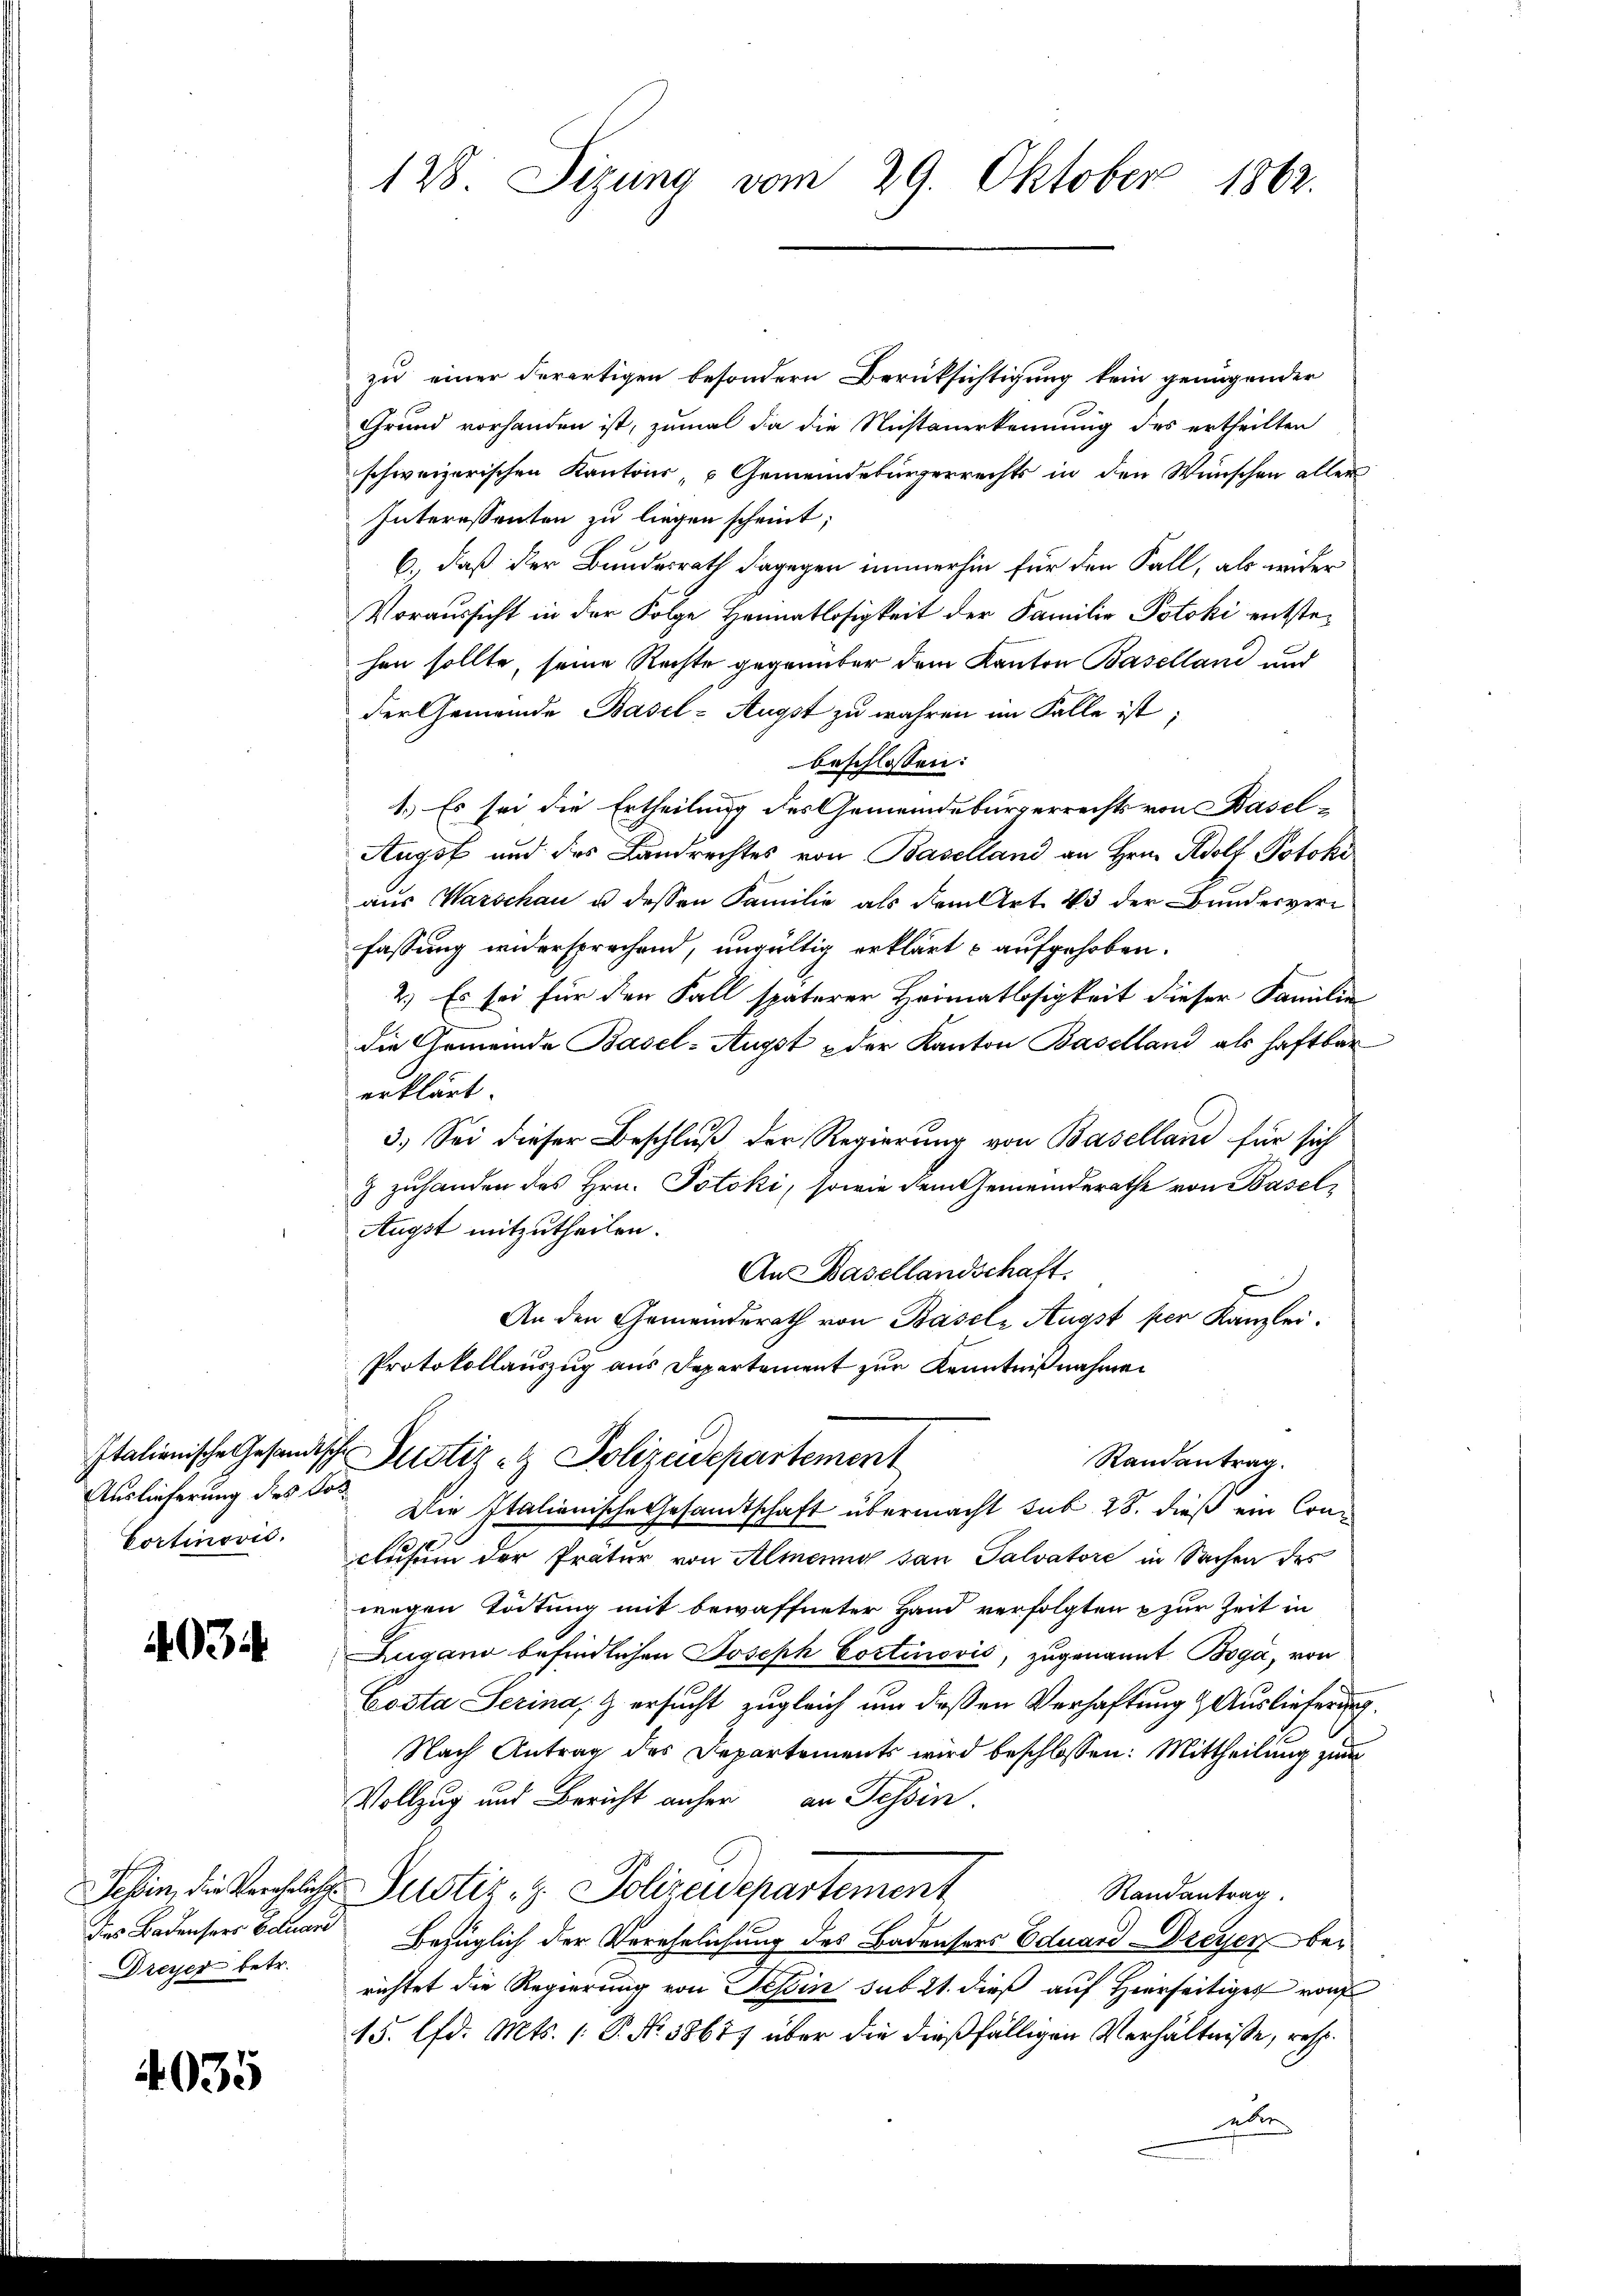
Auslieferung des Los¬
Cortinović.

497

zu einer derartigen besondern Berüksichtigung kein genügender
Grund vorhanden ist, zumal da die Nichtenerkennung des ertheilten
schweizerischen Kantons, u Gemeindebürgerrechts in den Wünschen aller
Interessenten zu liegen scheint;
6., daß der Bundesrath dagegen immerhin für den Fall, als wider
Voraussicht in der Folge Heimatlosigkeit der Familie Potoki entstehen sollte, seine Rechte gegenüber dem Kanton Baselland und
der Gemeinde Basel-Augst zu wahren im Falle ist;
beschlossen:
1.) Es sei die Ertheilung des Gemeindeburgerrechts von Basel-
Augst und des Landrechtes von Baselland an Hrn. Adolf Potoko
aus Warschau u. dessen Familie als dem Art. 23 der Bunderverfassung widersprechend, ungültig erklärt c aufgehoben.
2.) Es sei für den Fall späterer Heimatlosigkeit dieser Familie
die Gemeinde Basel-Augst der Kanton Baselland als haftbar
erklärt.
3.) Sei dieser Beschluß der Regierung von Baselland für sich
9 zuhanden des Hrn. Potoki, sowie dem Gemeinderathe von Basel,
Augst mitzutheilen.
An Basellandschaft.
e
An den Gemeinderath von Basels Augst per Kanzlei.
Protokollauszug aus Departement zur Kenntnißnahmen
Italienische Gesandische Justiz et Polizeidepartement
Randantrag.
Die Italienische Gesandtschaft übermacht sub 28. dieß ein Conclusum der Prätur von Almenny san Talvatore in Sachen des
wegen Tödtung mit bewaffneter Hand verfolgten & zur Zeit in
Zugano befindlichen Joseph Cortinović, zugenannt Bogá, von
Costa Serina, & ersucht zugleich um deßen Verhaftung & Auslieferung
Nach Antrag des Departements wird beschlossen: Mittheilung zum
Vollzug und Bericht anher an Tessin.
Sehin die Verehelich Justiz, z. Polizeidepartement
Randantrag.
des Badensers Eduan Bezüglich der Verehelichung des Badensers Eduard Dreyer berichtet die Regierung von Tessin sub 21. dieß auf Hierseitiges von
15. lfd. Mts. (: P. No. 58677 über die dießfälligen Verhältnisse, resp.
edle

Dreyer betr.

4035

128. Sizung vom 29. Oktober 1862.